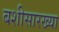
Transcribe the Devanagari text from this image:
बशीसारख्या